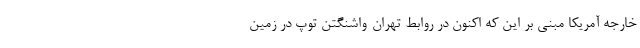
خارجه آمریکا مبنی بر این که اکنون در روابط تهران-واشنگتن توپ در زمین